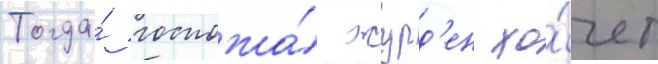
Тогда́ госпожа́ журд'ен хо́чет